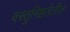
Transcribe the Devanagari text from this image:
वस्तुनिष्ठतेतील